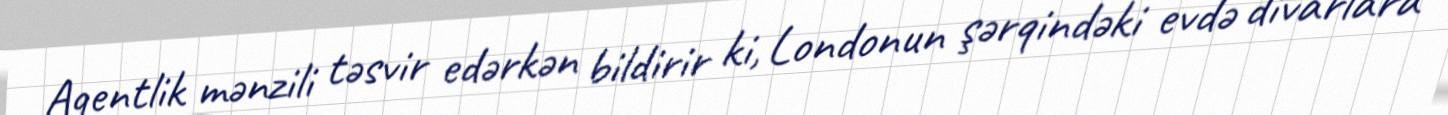
Agentlik mənzili təsvir edərkən bildirir ki, Londonun şərqindəki evdə divarlara